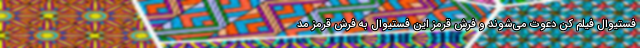
فستیوال فیلم کن دعوت می‌شوند و فرش قرمز‌ این فستیوال به فرش قرمز ‌مد